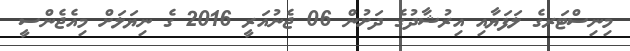
މިނިސްޓަރގެ ލަފަޔާއި އިރުޝާދުގެ ދަށުން 06 ޖެނުއަރީ 2016 ގެ ނިޔަލަށް މިއެޖެންސީ